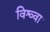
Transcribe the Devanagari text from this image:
विश्व्वा